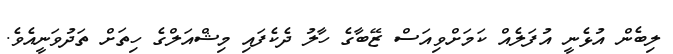
ލިބެން އުޅެނީ އުފަލެއް ކަމަށްވިއަސް ޒޭބާގެ ހާލު ދެކެފައި މިޝްއަލްގެ ހިތަށް ތަދުވަނީއެވެ.